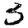
Digit: 3